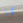
كما